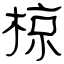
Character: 椋